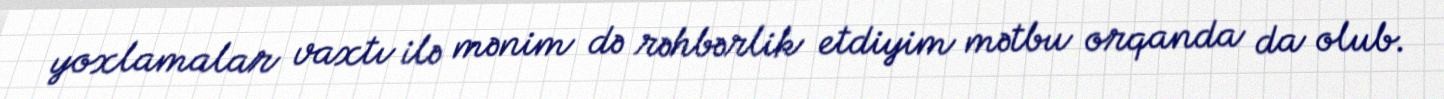
yoxlamalar vaxtı ilə mənim də rəhbərlik etdiyim mətbu orqanda da olub.